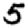
Digit: 5